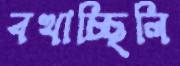
বখাচ্ছিলি